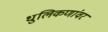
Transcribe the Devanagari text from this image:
धुलिकणांवर